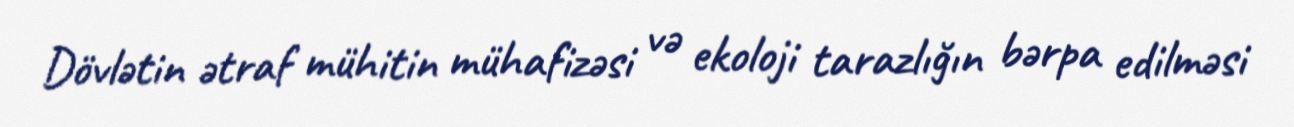
Dövlətin ətraf mühitin mühafizəsi və ekoloji tarazlığın bərpa edilməsi